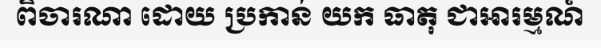
ពិចារណា ដោយ ប្រកាន់ យក ធាតុ ជាឤរម្មណ៍